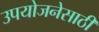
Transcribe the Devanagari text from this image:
उपयोजनेसाठी